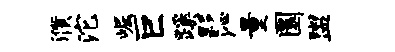
濮沱崛巨蹊夥沁量圜盥